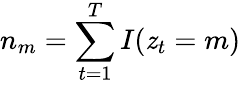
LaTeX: n_{m}=\sum_{t=1}^{T}I(\mathit{z}_{t}=m)